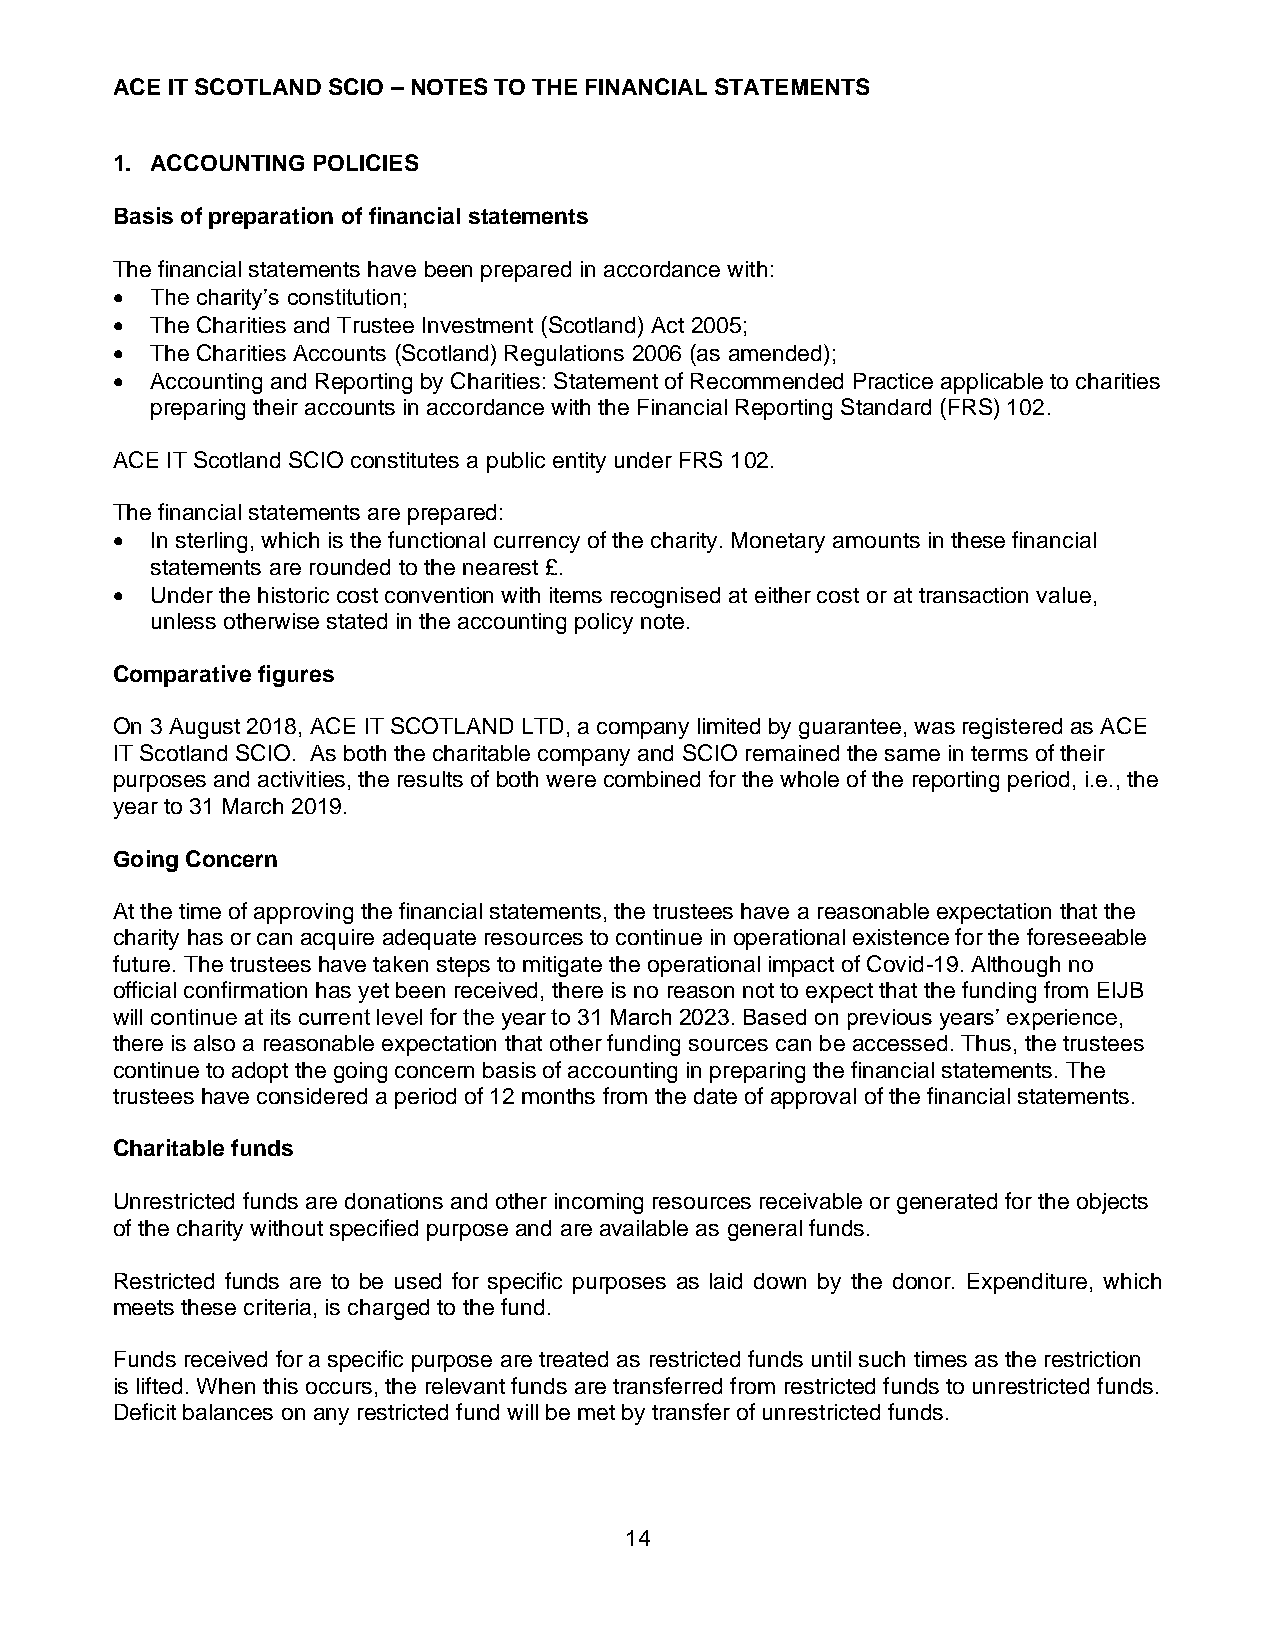
ACE IT SCOTLAND SCIO – NOTES TO THE FINANCIAL STATEMENTS
 1. ACCOUNTING POLICIES
 Basis of preparation of financial statements
 The financial statements have been prepared in accordance with:
 •  The charity’s constitution;
 •  The Charities and Trustee Investment (Scotland) Act 2005;
 •  The Charities Accounts (Scotland) Regulations 2006 (as amended);
 •  Accounting and Reporting by Charities: Statement of Recommended Practice applicable to charities
 preparing their accounts in accordance with the Financial Reporting Standard (FRS) 102.
 ACE IT Scotland SCIO constitutes a public entity under FRS 102.
 The financial statements are prepared:
 •  In sterling, which is the functional currency of the charity. Monetary amounts in these financial
 statements are rounded to the nearest £.
 •  Under the historic cost convention with items recognised at either cost or at transaction value,
 unless otherwise stated in the accounting policy note.
 Comparative figures
 On 3 August 2018, ACE IT SCOTLAND LTD, a company limited by guarantee, was registered as ACE
 IT Scotland SCIO. As both the charitable company and SCIO remained the same in terms of their
 purposes and activities, the results of both were combined for the whole of the reporting period, i.e., the
 year to 31 March 2019.
 Going Concern
 At the time of approving the financial statements, the trustees have a reasonable expectation that the
 charity has or can acquire adequate resources to continue in operational existence for the foreseeable
 future. The trustees have taken steps to mitigate the operational impact of Covid-19. Although no
 official confirmation has yet been received, there is no reason not to expect that the funding from EIJB
 will continue at its current level for the year to 31 March 2023. Based on previous years’ experience,
 there is also a reasonable expectation that other funding sources can be accessed. Thus, the trustees
 continue to adopt the going concern basis of accounting in preparing the financial statements. The
 trustees have considered a period of 12 months from the date of approval of the financial statements.
 Charitable funds
 Unrestricted funds are donations and other incoming resources receivable or generated for the objects
 of the charity without specified purpose and are available as general funds.
 Restricted funds are to be used for specific purposes as laid down by the donor. Expenditure, which
 meets these criteria, is charged to the fund.
 Funds received for a specific purpose are treated as restricted funds until such times as the restriction
 is lifted. When this occurs, the relevant funds are transferred from restricted funds to unrestricted funds.
 Deficit balances on any restricted fund will be met by transfer of unrestricted funds.
 14